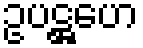
ဥပဋ္ဌဟေ